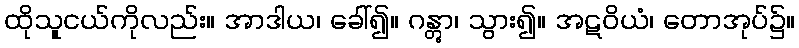
ထိုသူငယ်ကိုလည်း။ အာဒါယ၊ ခေါ်၍။ ဂန္တွာ၊ သွား၍။ အဋဝိယံ၊ တောအုပ်၌။